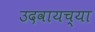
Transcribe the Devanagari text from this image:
उदवायच्या